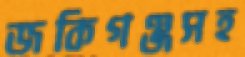
জকিগঞ্জসহ